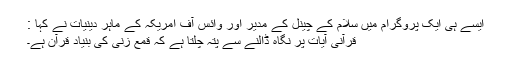
ایسے ہی ایک پروگرام میں سلام کے چینل کے مدیر اور وائس آف امریکہ کے ماہر دینیات نے کہا :
قرآنی آیات پر نگاہ ڈالنے سے پتہ چلتا ہے کہ قمع زنی کی بنیاد قرآن ہے۔